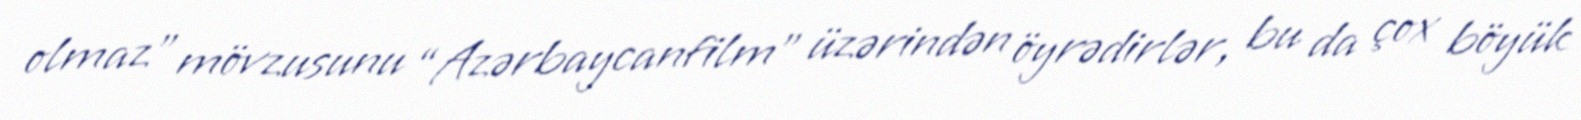
olmaz” mövzusunu “Azərbaycanfilm” üzərindən öyrədirlər, bu da çox böyük